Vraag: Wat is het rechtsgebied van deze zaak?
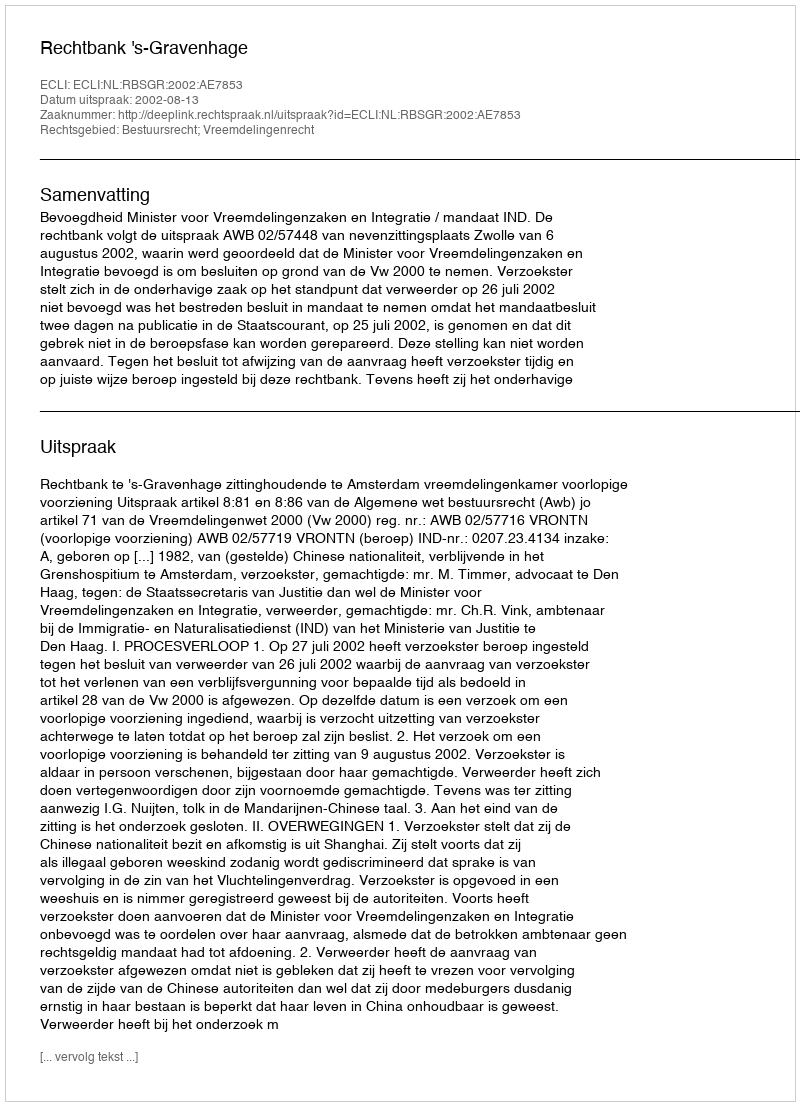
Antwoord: Bestuursrecht; Vreemdelingenrecht